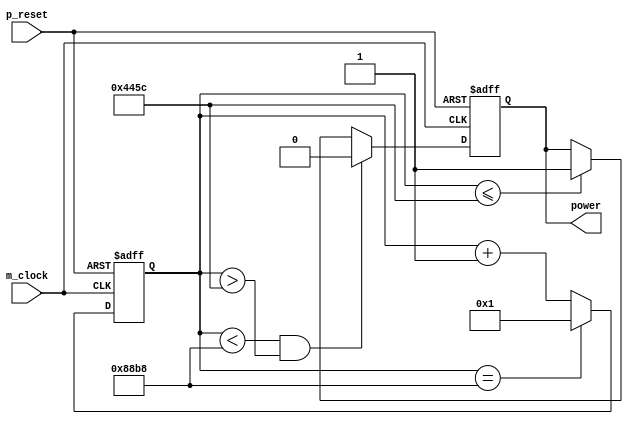

/*Produced by NSL Core(version=20211030), IP ARCH, Inc. Wed Jul 13 18:19:10 2022
 Licensed to :EVALUATION USER*/
/*
 DO NOT USE ANY PART OF THIS FILE FOR COMMERCIAL PRODUCTS. 
*/

module motor ( p_reset , m_clock , power );
  input p_reset, m_clock;
  wire p_reset, m_clock;
  output power;
  wire power;
  reg [30:0] count;
  reg pwm;
  wire _net_0;
  wire _net_1;
  wire _net_2;

   assign  _net_0 = (count <= 31'b0000000000000000100010001011100);
   assign  _net_1 = ((count < 31'b0000000000000001000100010111000)&(count > 31'b0000000000000000100010001011100));
   assign  _net_2 = (count==31'b0000000000000001000100010111000);
   assign  power = pwm;
always @(posedge m_clock or negedge p_reset)
  begin
if (~p_reset)
     count <= 31'b0000000000000000000000000000000;
else 
// synthesis translate_off
// synopsys translate_off
if (((~_net_2)&_net_2))   count <= 31'bx; 
  else 
// synthesis translate_on
// synopsys translate_on
if ((~_net_2))
      count <= (count+31'b0000000000000000000000000000001);
else if (_net_2)
      count <= 31'b0000000000000000000000000000001;
end

// synthesis translate_off
// synopsys translate_off
always @(posedge m_clock)
  begin
if ((((~_net_2)|_net_2)==1'b1) ||
 (((~_net_2)|_net_2)==1'b0) ) begin
 if (((~_net_2)&_net_2))
 begin $display("Warning: assign collision(motor:count) at %d",$time);

  end
 end
 else 
 $display("Warning: register set hazard(motor:count) at %d",$time);

  end

// synthesis translate_on
// synopsys translate_on
always @(posedge m_clock or negedge p_reset)
  begin
if (~p_reset)
     pwm <= 1'b0;
else 
// synthesis translate_off
// synopsys translate_off
if ((_net_1&_net_0))   pwm <= 1'bx; 
  else 
// synthesis translate_on
// synopsys translate_on
if (_net_1)
      pwm <= 1'b0;
else if (_net_0)
      pwm <= 1'b1;
end

// synthesis translate_off
// synopsys translate_off
always @(posedge m_clock)
  begin
if (((_net_1|_net_0)==1'b1) ||
 ((_net_1|_net_0)==1'b0) ) begin
 if ((_net_1&_net_0))
 begin $display("Warning: assign collision(motor:pwm) at %d",$time);

  end
 end
 else 
 $display("Warning: register set hazard(motor:pwm) at %d",$time);

  end

// synthesis translate_on
// synopsys translate_on
endmodule

/*Produced by NSL Core(version=20211030), IP ARCH, Inc. Wed Jul 13 18:19:10 2022
 Licensed to :EVALUATION USER*/